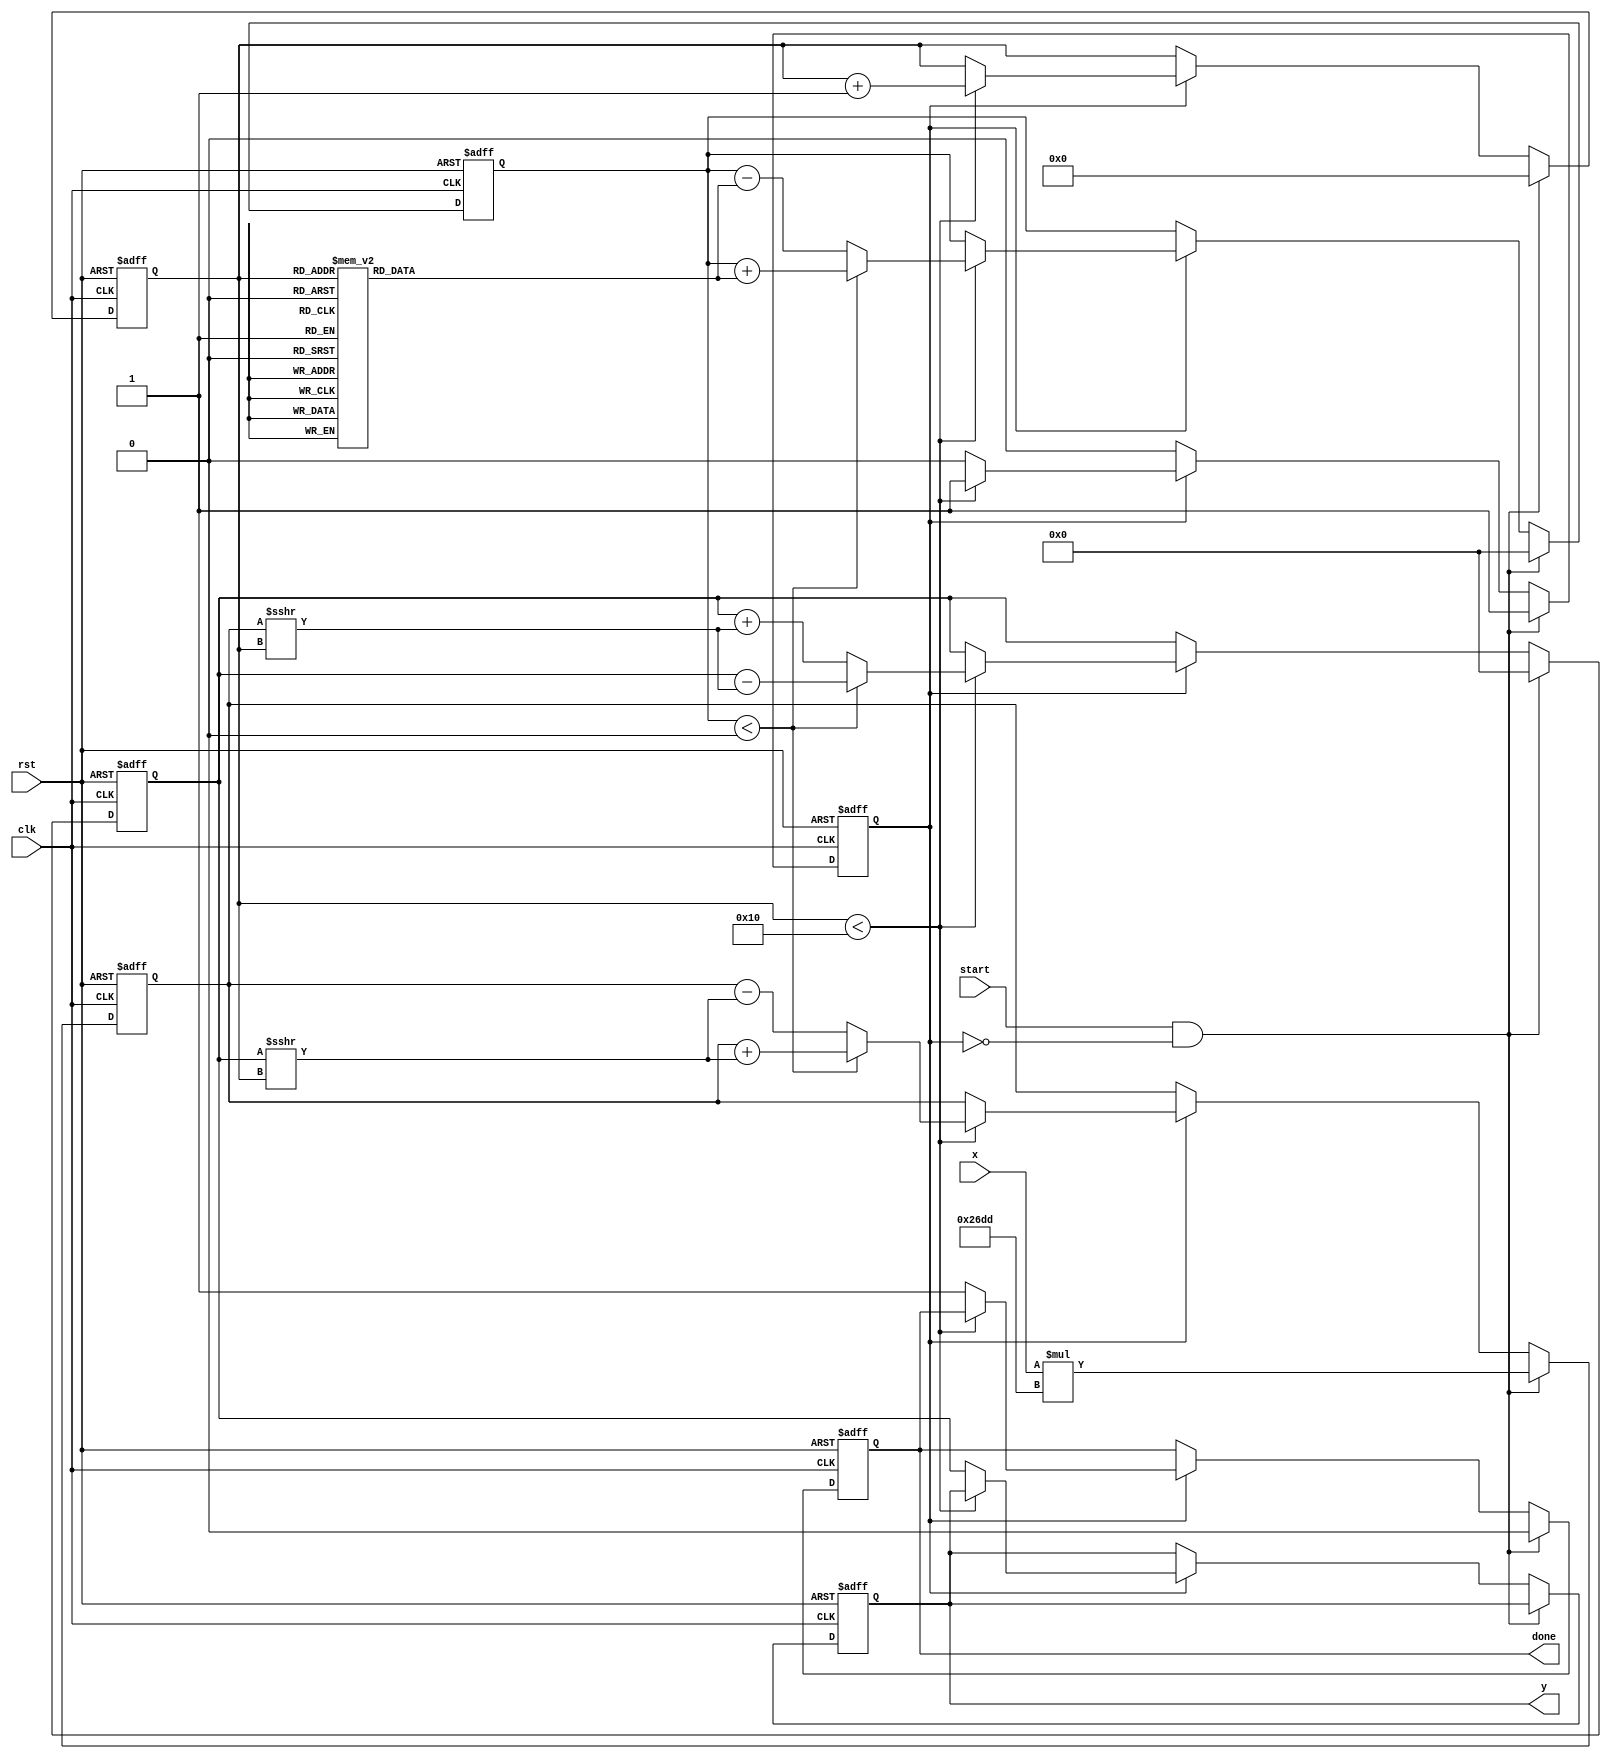
module atan_block (
    input wire clk,
    input wire rst,
    input wire start,
    input wire signed [15:0] x, // Input data (fixed-point)
    output reg signed [15:0] y,  // Output data (fixed-point)
    output reg done              // Done signal
);

    // CORDIC parameters
    parameter NUM_ITERATIONS = 16; // Number of iterations for CORDIC
    parameter ANGLE_WIDTH = 16;     // Width for angle representation
    parameter K = 16'h26DD;         // CORDIC gain (K = 0.607)

    // Internal signals
    reg signed [15:0] x_curr, y_curr, z_curr;
    reg [3:0] iteration;
    reg computing;

    // CORDIC angle lookup table
    reg signed [ANGLE_WIDTH-1:0] atan_table [0:NUM_ITERATIONS-1];

    initial begin
        // Initialize the atan_table with precomputed arctangent values
        atan_table[0] = 16'h0000; // atan(2^0) = 0
        atan_table[1] = 16'h1C71; // atan(2^-1) = /4
        atan_table[2] = 16'h0D8E; // atan(2^-2) = /8
        atan_table[3] = 16'h05A8; // atan(2^-3) = /16
        atan_table[4] = 16'h02C9; // atan(2^-4) = /32
        atan_table[5] = 16'h0162; // atan(2^-5) = /64
        atan_table[6] = 16'h00B5; // atan(2^-6) = /128
        atan_table[7] = 16'h0052; // atan(2^-7) = /256
        atan_table[8] = 16'h0029; // atan(2^-8) = /512
        atan_table[9] = 16'h0014; // atan(2^-9) = /1024
        atan_table[10] = 16'h000A; // atan(2^-10) = /2048
        atan_table[11] = 16'h0005; // atan(2^-11) = /4096
        atan_table[12] = 16'h0002; // atan(2^-12) = /8192
        atan_table[13] = 16'h0001; // atan(2^-13) = /16384
        atan_table[14] = 16'h0000; // atan(2^-14) = /32768
        atan_table[15] = 16'h0000; // atan(2^-15) = /65536
    end

    // State machine for CORDIC computation
    always @(posedge clk or posedge rst) begin
        if (rst) begin
            x_curr <= 0;
            y_curr <= 0;
            z_curr <= 0;
            iteration <= 0;
            computing <= 0;
            done <= 0;
            y <= 0;
        end else if (start && !computing) begin
            // Initialize for computation
            x_curr <= x * K; // Scale input by CORDIC gain
            y_curr <= 0;
            z_curr <= 0;
            iteration <= 0;
            computing <= 1;
            done <= 0;
        end else if (computing) begin
            if (iteration < NUM_ITERATIONS) begin
                // CORDIC rotation
                if (z_curr < 0) begin
                    x_curr <= x_curr + (y_curr >>> iteration);
                    y_curr <= y_curr - (x_curr >>> iteration);
                    z_curr <= z_curr + atan_table[iteration];
                end else begin
                    x_curr <= x_curr - (y_curr >>> iteration);
                    y_curr <= y_curr + (x_curr >>> iteration);
                    z_curr <= z_curr - atan_table[iteration];
                end
                iteration <= iteration + 1;
            end else begin
                // Finished computation
                y <= y_curr; // Output the result
                done <= 1;
                computing <= 0;
            end
        end
    end

endmodule